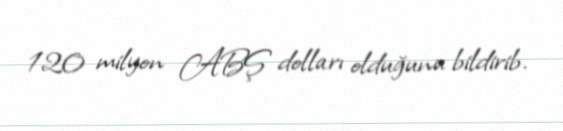
120 milyon ABŞ dolları olduğunu bildirib.